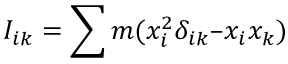
I _ { i k } = \sum m ( x _ { i } ^ { 2 } \delta _ { i k } – x _ { i } x _ { k } )